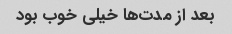
بعد از مدت‌ها خیلی خوب بود